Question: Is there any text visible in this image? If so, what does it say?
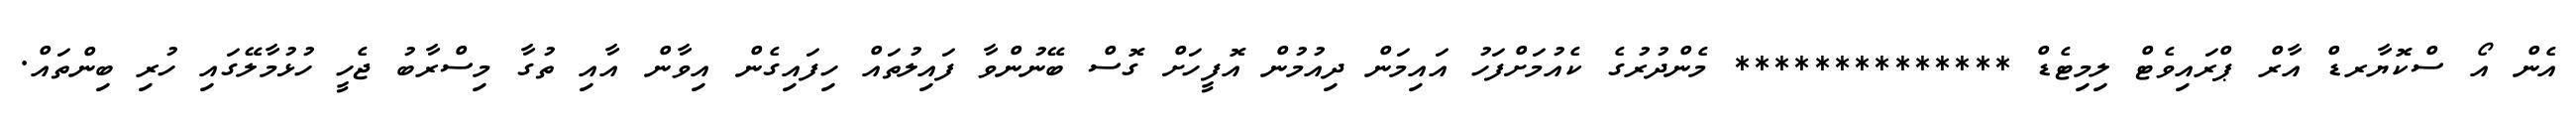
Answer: އެން އޯ ސްކޮޔާރޑް އާރް ޕްރައިވެޓް ލިމިޓެޑް ************** މެންދުރުގެ ކެއުމަށްފަހު އައިމަން ދިއުމުން އޮފީހަށް ގޮސް ބޭނުންވާ ފައިލުތައް ހިފައިގެން އިވާން އާއި ތުގާ މިސްރާބު ޖެހީ ހުޅުމާލޭގައި ހުރި ބިންތައް.